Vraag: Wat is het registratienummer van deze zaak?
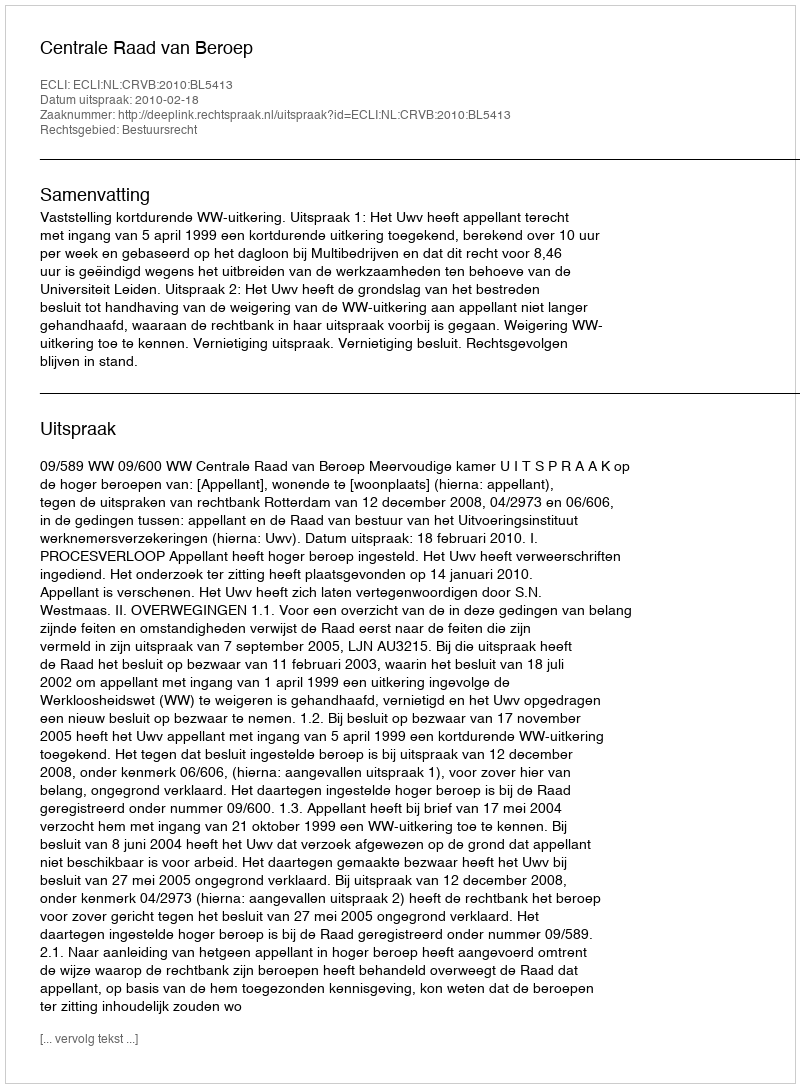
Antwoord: http://deeplink.rechtspraak.nl/uitspraak?id=ECLI:NL:CRVB:2010:BL5413